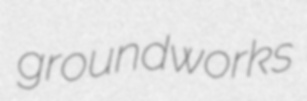
groundworks